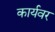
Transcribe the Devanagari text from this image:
कार्यवर